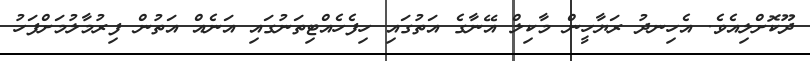
ދޫކޮށްލިއެވެ. އެހިނދު ރަޔާހީން މާކިލް އޭނާގެ އަތުގައި ހިފެހެއްޓިތަނުގައި އަނެއް އަތުން ފިރުމާލުމަށްފަހު